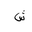
Letter: _shin